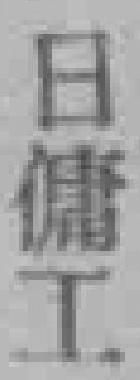
日傭工